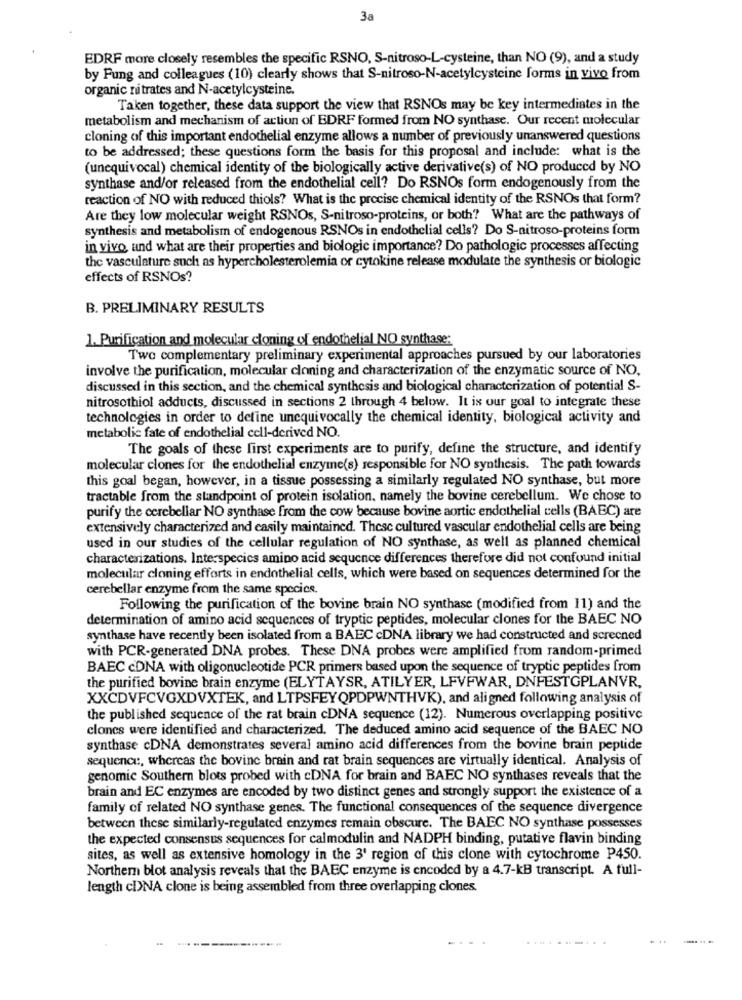
3a
EDRF more closely resembles the specific RSNO, S-nitroso-L-cysteine, than NO (9), and a study
by Fung and colleagues (10) clearly shows that S-nitroso-N-acetylcysteine forms in vivo from
organic nitrates and N-acetylcysteine.
Taken together, these data support the view that RSNOs may be key intermediates in the
metabolism and mechanism of action of BDRF formed from NO synthase. Our recent molecular
cloning of this important endothelial enzyme allows a number of previously unanswered questions
to be addressed; these questions form the basis for this proposal and include: what is the
(unequivocal) chemical identity of the biologically active derivative(s) of NO produced by NO
synthase and/or released from the endothelial cell? Do RSNOs form endogenously from the
reaction of NO with reduced thiols? What is the precise chemical identity of the RSNOs that form?
Are they low molecular weight RSNOs, S-nitroso-proteins, or both? What are the pathways of
synthesis and metabolism of endogenous RSNOs in endothelial cells? Do S-nitroso-proteins form
in vivo and what are their properties and biologic importance? Do pathologic processes affecting
the vasculature such as hypercholesterolemia or cytokine release modulate the synthesis or biologic
effects of RSNOs?
B. PRELIMINARY RESULTS
1. Purification and molecular cloning of endothelial NO synthase:
Two complementary preliminary experimental approaches pursued by our laboratories
involve the purification, molecular cloning and characterization of the enzymatic source of NO,
discussed in this section, and the chemical synthesis and biological characterization of potential S-
nitrosothiol adducts, discussed in sections 2 through 4 below. It is our goal to integrate these
technologies in order to define unequivocally the chemical identity, biological activity and
metabolic fate of endothelial cell-derived NO.
The goals of these first experiments are to purify, define the structure, and identify
molecular clones for the endothelial enzyme(s) responsible for NO synthesis. The path towards
this goal began, however, in a tissue possessing a similarly regulated NO synthase, but more
tractable from the standpoint of protein isolation, namely the bovine cerebellum. We chose to
purify the cerebellar NO synthase from the cow because bovine aortic endothelial cells (BAEC) are
extensively characterized and easily maintained. These cultured vascular endothelial cells are being
used in our studies of the cellular regulation of NO synthase, as well as planned chemical
characterizations. Interspecies amino acid sequence differences therefore did not confound initial
molecular cloning efforts in endothelial cells, which were based on sequences determined for the
cerebellar enzyme from the same species.
Following the purification of the bovine brain NO synthase (modified from 11) and the
determination of amino acid sequences of tryptic peptides, molecular clones for the BAEC NO
synthase have recently been isolated from a BAEC cDNA library we had constructed and screened
with PCR-generated DNA probes. These DNA probes were amplified from random-primed
BAEC cDNA with oligonucleotide PCR primers based upon the sequence of tryptic peptides from
the purified bovine brain enzyme (ELYTAYSR, ATILYER, LFVFWAR, DNFESTGPLANVR,
XXCDVFCVGXDVXTEK, and LTPSFEYQPDPWNTHVK), and aligned following analysis of
the published sequence of the rat brain cDNA sequence (12). Numerous overlapping positive
clones were identified and characterized. The deduced amino acid sequence of the BAEC NO
synthase cDNA demonstrates several amino acid differences from the bovine brain peptide
sequence :, whereas the bovine brain and rat brain sequences are virtually identical. Analysis of
genomic Southern blots probed with cDNA for brain and BAEC NO synthases reveals that the
brain and EC enzymes are encoded by two distinct genes and strongly support the existence of a
family of related NO synthase genes. The functional consequences of the sequence divergence
between these similarly-regulated enzymes remain obscure. The BAEC NO synthase possesses
the expected consensus sequences for calmodulin and NADPH binding, putative flavin binding
sites, as well as extensive homology in the 3' region of this clone with cytochrome P450.
Northern blot analysis reveals that the BAEC enzyme is encoded by a 4.7-KB transcript. A full-
length cl>NA clone is being assembled from three overlapping clones.